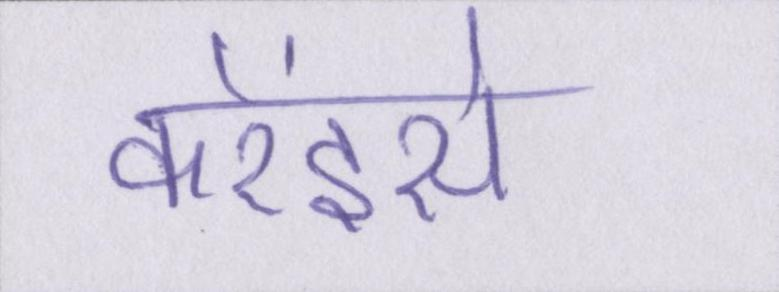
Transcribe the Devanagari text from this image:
करेंइसे